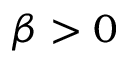
\beta > 0